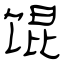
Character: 馄